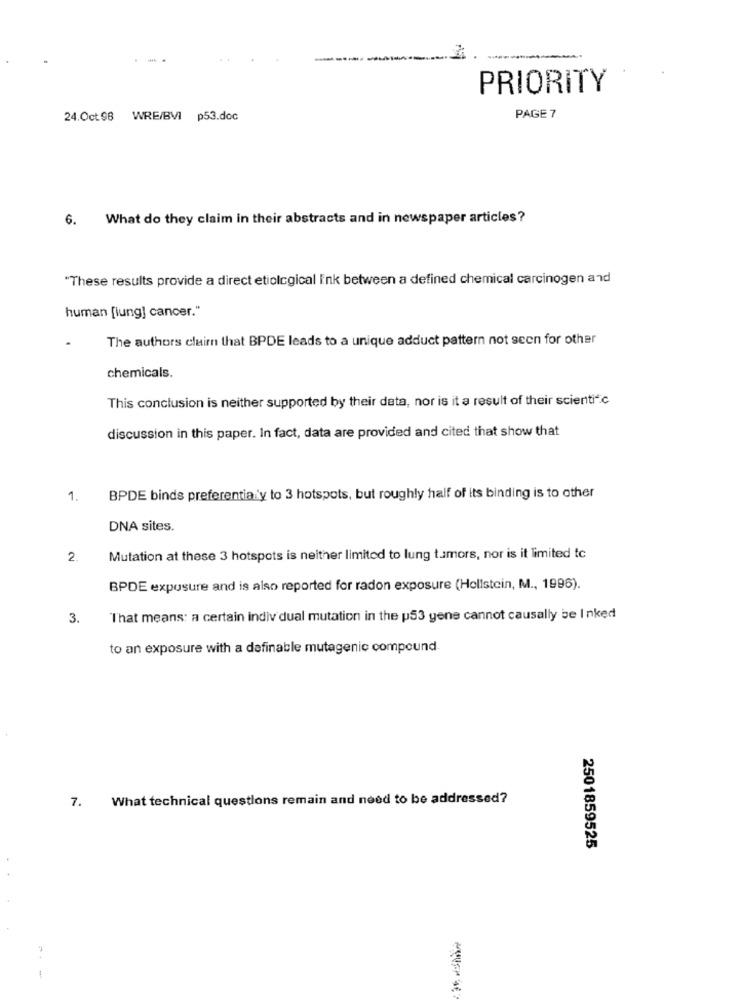
------
PRIORITY
24.Oct98 WRE/BVI p53.doc
PAGE 7
6.
What do they claim in their abstracts and in newspaper articles?
"These results provide a direct etiolcgical Ink between a defined chemical carcinogen and
human [lung] cancer."
The authors claim that BPDE leads to a unique adduct pattern not seen for other
chemicals.
This conclusion is neither supported by their data, nor is it a result of their scienti".c
discussion in this paper. In fact, data are provided and cited that show that
1.
BPDE binds preferentialy to 3 hotspots, but roughly half of its binding is to other
DNA sites.
2.
Mutation at these 3 hotspots is neither limited to lung tumors, nor is it limited to
BPDE exposure and is also reported for radon exposure (Hollstein, M ., 1996).
3.
That means: a certain individual mutation in the p53 gene cannot causally be Inked
to an exposure with a definable mutagenic compound.
What technical questions remain and need to be addressed?
7.
2501859525